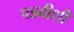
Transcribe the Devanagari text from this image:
पडवीशी